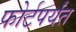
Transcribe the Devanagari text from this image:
फोर्टपर्यंत